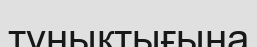
түныктығына